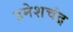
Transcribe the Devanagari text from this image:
उमेशचंद्र